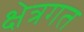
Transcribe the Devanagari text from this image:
क्षेत्रगत